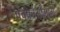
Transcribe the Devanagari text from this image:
पंचक्रोशीमार्ग